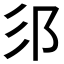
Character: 𮟫